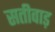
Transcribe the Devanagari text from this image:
सतीवाड़